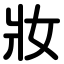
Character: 妝